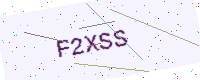
Text: F2XSS